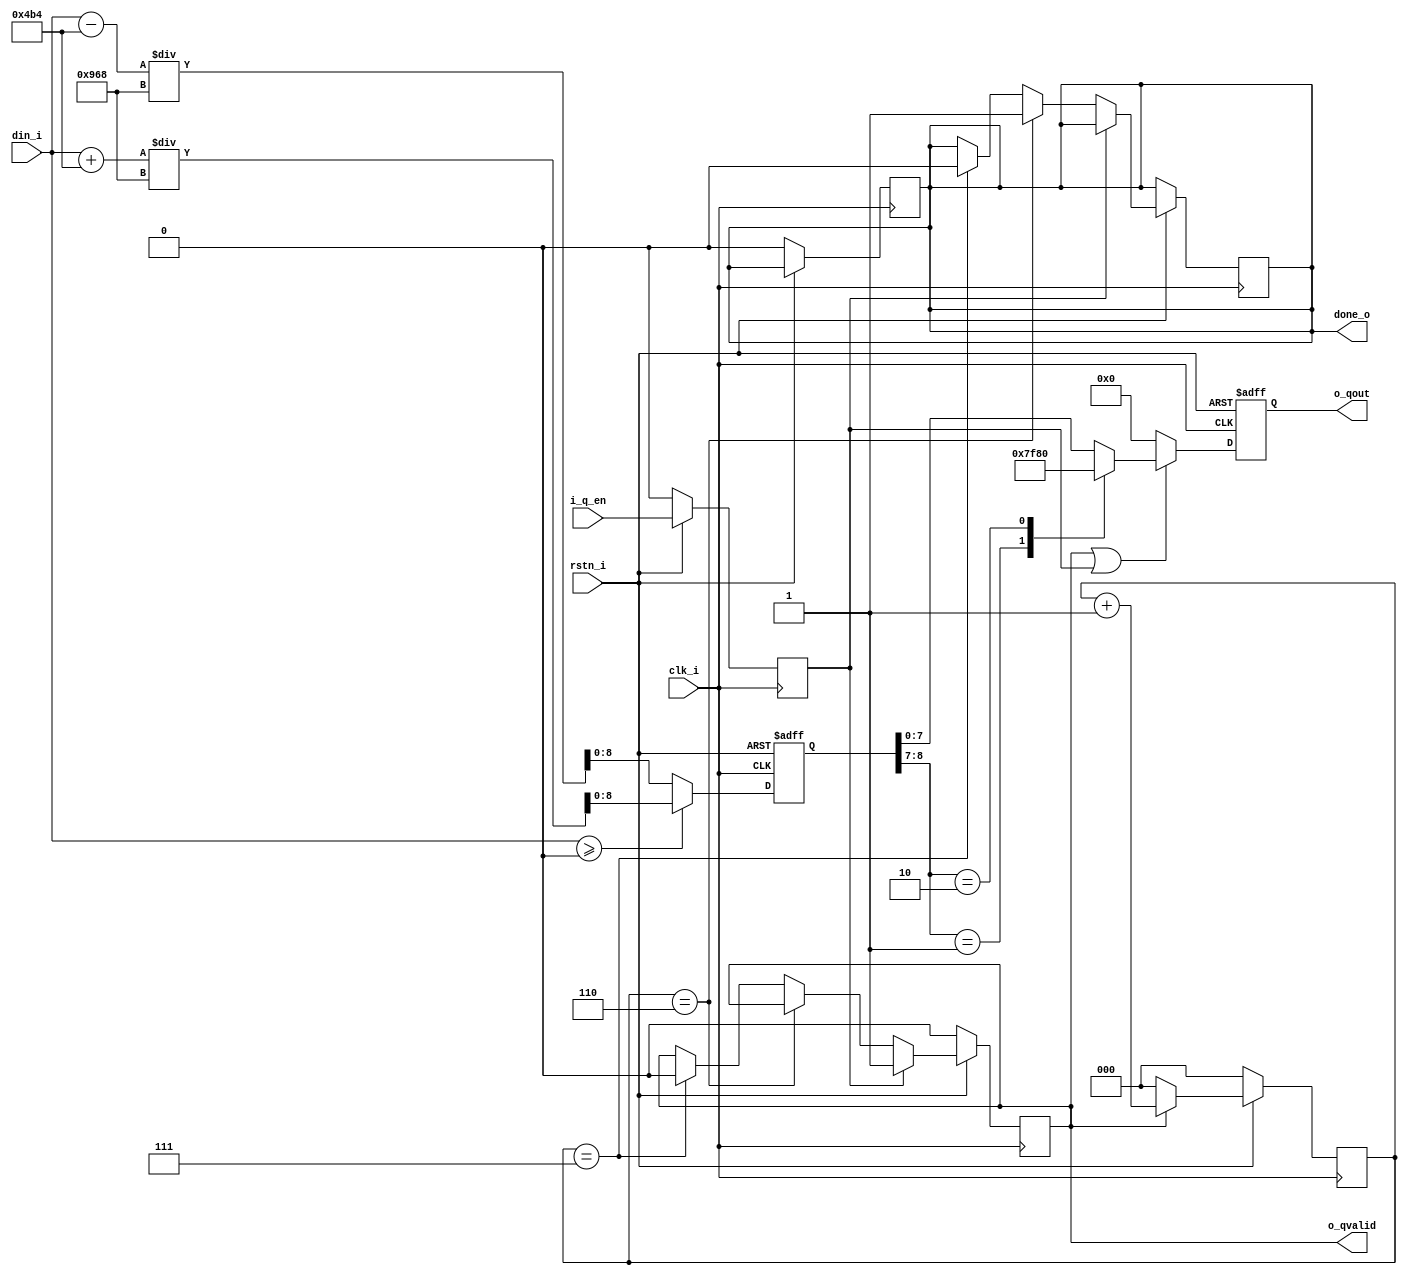
/*   

Quantize #(
    .WIDTH_INPUT(), 
    .WIDTH_OUTPUT(),
    .NUM_CALCULATE(), // Counter number
    .SCALIING_FACTOR(), // Input INTEGER Q[WIDTH_INPUT/2].[WIDTH_INPUT/2] format.
    .QUANTIZE_BIT() 
) quantize_inst (
    .clk_i(),
    .rstn_i(),
    .i_q_en(),
    .din_i(),
    .o_qout(),
    .o_qvalid(),
    .done_o()
);

*/

module Quantize
#(
    parameter WIDTH_INPUT       = 32, 
    parameter WIDTH_OUTPUT      = 8,
    parameter NUM_CALCULATE     = 8,
    parameter SCALIING_FACTOR   = 2408, 
    parameter QUANTIZE_BIT      = 8
)
(
    input wire                              clk_i,          // Clock input
    input wire                              rstn_i,         // Active low reset input
    input wire                              i_q_en,         // Quantize enable signal
    input wire signed   [WIDTH_INPUT-1:0]   din_i,          // Data input
    
    output wire signed  [WIDTH_OUTPUT-1:0]  o_qout,         // Quantized output
    output wire                             o_qvalid,       // Output valid signal
    output wire                             done_o          // Done signal
);

    localparam LOCAL_COUNTER = $clog2(NUM_CALCULATE); // Local counter size

    reg         [LOCAL_COUNTER-1:0] rCnt;               // Counter for NUM_CALCULATE cycles
    reg signed  [WIDTH_INPUT-1:0]   rScaled;            // Scaled result for quantization
    reg signed  [WIDTH_OUTPUT-1:0]  rClipped;           // Clipped result to WIDTH_OUTPUT bits
    reg     rEn_delay;                                  // Delayed version of i_q_en
    reg     q_valid;                                    // Signal indicating quantization is in progress
    reg     q_done;                                     // Signal indicating quantization is complete
    
    // Delay the enable signal
    always @(posedge clk_i) begin
        if (!rstn_i) begin
            rEn_delay <= 0;                       // Reset rEn_delay
        end else begin
            rEn_delay <= i_q_en;                  // Delay i_q_en signal
        end
    end
    
    // Scaling process
    always @(posedge clk_i or negedge rstn_i) begin
        if (!rstn_i) begin
            rScaled = 0;                          // Reset rScaled
        end else if(din_i >= 0) begin
            rScaled = (din_i + SCALIING_FACTOR / 2) / SCALIING_FACTOR; // Rounding up for positive values
        end else begin
            rScaled = (din_i - SCALIING_FACTOR / 2) / SCALIING_FACTOR; // Rounding up for negative values
        end
    end
    
    // Control valid and done signals
    always @(posedge clk_i) begin
        if (!rstn_i) begin
            q_valid <= 0;                         // Reset q_valid
        end else if (rEn_delay) begin
            q_valid <= 1;                         // Set q_valid when rEn_delay is active
        end else if (rCnt == NUM_CALCULATE-2) begin
            q_done  <= 1;                          // Set q_done when rCnt is NUM_CALCULATE-2
        end else if (rCnt == NUM_CALCULATE-1) begin
            q_done  <= 0;                          // Reset q_done when rCnt is NUM_CALCULATE-1
            q_valid <= 0;                         // Reset q_valid when rCnt is NUM_CALCULATE-1
        end
    end
    
    // Counter for quantization process
    always @(posedge clk_i) begin
        if (!rstn_i) begin
            rCnt    = 0;                             // Reset rCnt
            q_done  = 0;                           // Reset q_done
        end else if(q_valid) begin
            rCnt = rCnt + 1;                      // Increment rCnt when q_valid is active
        end else begin
            rCnt = 0;                             // Reset rCnt when q_valid is not active
        end
    end

    // Clipping the scaled result
    always @(posedge clk_i or negedge rstn_i) begin
        if (!rstn_i) begin
            rClipped = 0;                         // Reset rClipped
        end else if (q_valid | rEn_delay) begin
            case(rScaled[QUANTIZE_BIT:QUANTIZE_BIT-1])
                2'b01:  begin
                    rClipped = {(QUANTIZE_BIT-1){1'b1}}; // Positive saturation
                end
                2'b10:  begin
                    rClipped = {1'b1,{(QUANTIZE_BIT-1){1'b0}}}; // Negative saturation
                end
                default:    begin
                    rClipped = rScaled[QUANTIZE_BIT-1:0]; // Normal clipping
                end
            endcase
        end else begin
            rClipped = 0;                         // Reset rClipped when q_valid and rEn_delay are not active
        end
    end    
    
    // Assign outputs
    assign o_qvalid = q_valid;                    // Assign q_valid to o_qvalid
    assign done_o   = q_done;                       // Assign q_done to done_o
    assign o_qout   = rClipped;                     // Assign rClipped to o_qout

endmodule